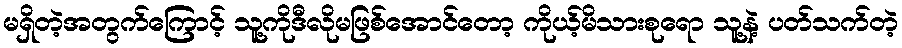
မရှိတဲ့အတွက်ကြောင့် သူ့ကိုဒီလိုမဖြစ်အောင်တော့ ကိုယ့်မိသားစုရော သူ့နဲ့ ပတ်သက်တဲ့